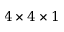
4 \times 4 \times 1